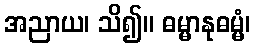
အညာယ၊ သိ၍။ ဓမ္မာနုဓမ္မံ၊